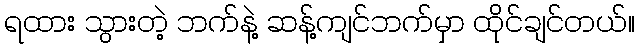
ရထား သွားတဲ့ ဘက်နဲ့ ဆန့်ကျင်ဘက်မှာ ထိုင်ချင်တယ်။